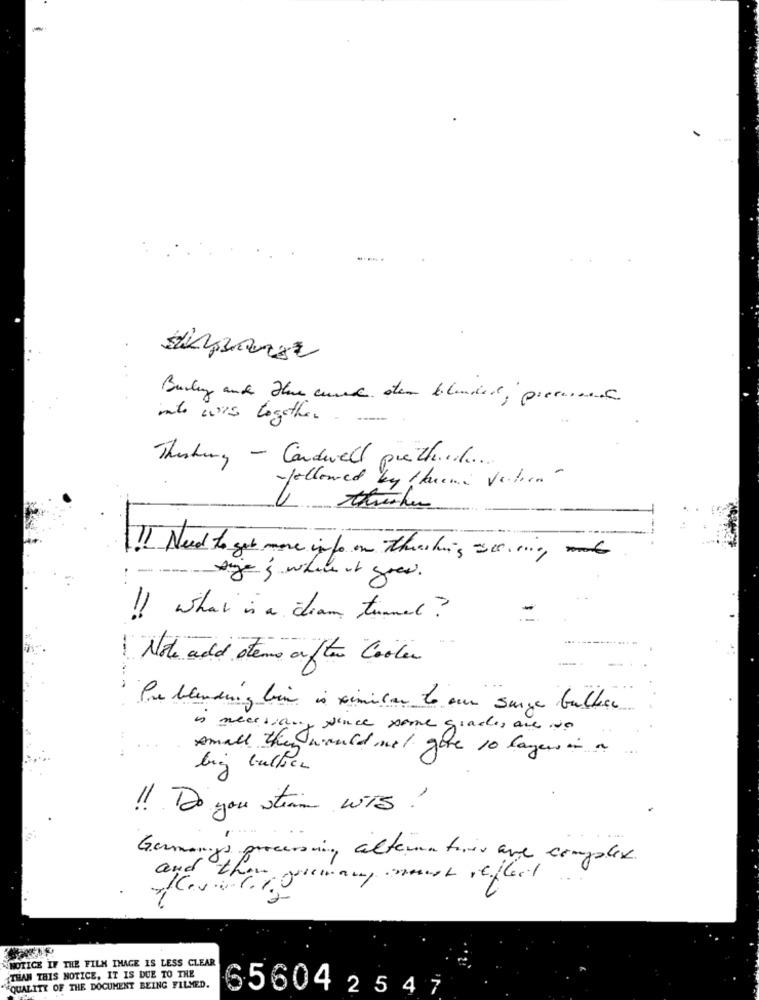
into was together .
Thinking - Cardwell picchi .. ....
-followed by theme velica -
6
thinker
!I Need to get more info on thanking scoring
sije & where it goes.
!! what is a diam turned ?
1 Note add stems after Cooler
Pre blending bin is similar to un surge bulle
is necesia.
y sence some grades are we
small the
Should not give to layers in a
big bullion
!! Do you steam wis?
Germangs processing alternatives are complex .
and
NOTICE IF THE FILM IMAGE IS LESS CLEAR
THAN THIS NOTICE, IT IS DUE TO THE
"QUALITY OF THE DOCUMENT BEING FILMED.
65604 25 47